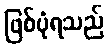
ဖြစ်ပုံရသည်